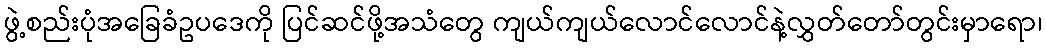
ဖွဲ့စည်းပုံအခြေခံဥပဒေကို ပြင်ဆင်ဖို့အသံတွေ ကျယ်ကျယ်လောင်လောင်နဲ့လွှတ်တော်တွင်းမှာရော၊